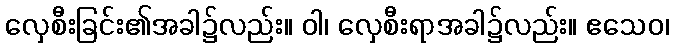
လှေစီးခြင်း၏အခါ၌လည်း။ ဝါ၊ လှေစီးရာအခါ၌လည်း။ ဧသေဝ၊